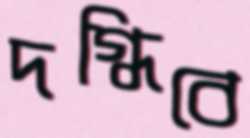
দগ্ধিবে